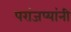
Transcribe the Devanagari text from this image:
परांजप्यांनी